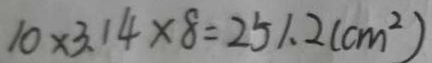
1 0 \times 3 . 1 4 \times 8 = 2 5 1 . 2 ( c m ^ { 2 } )